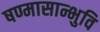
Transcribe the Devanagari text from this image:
षण्मासान्भुवि